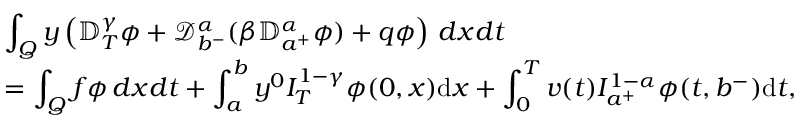
\begin{array} { l l } & { \displaystyle \int _ { Q } y \left( { \mathbb D } _ { T } ^ { \gamma } \phi + { \mathcal D } _ { b ^ { - } } ^ { \alpha } ( \beta { \mathbb D } _ { a ^ { + } } ^ { \alpha } \phi ) + q \phi \right) \, d x d t } \\ & { = \displaystyle \int _ { Q } f \phi \, d x d t + \int _ { a } ^ { b } y ^ { 0 } I _ { T } ^ { 1 - \gamma } \phi ( 0 , x ) \mathrm { d } x + \int _ { 0 } ^ { T } v ( t ) I _ { a ^ { + } } ^ { 1 - \alpha } \phi ( t , b ^ { - } ) \mathrm { d } t , } \end{array}